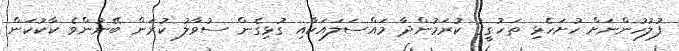
ފުލުހުންނަށް ހުށަހެޅި ތަހުގީގު ކުރަމުންދާ މައްސަލައަކާއި ގުޅިގެން ސުވާލު ކުރަން ބޭނުންވެ ކާކުކަން